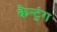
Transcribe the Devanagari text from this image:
कैन्टुंग